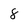
Character: 8